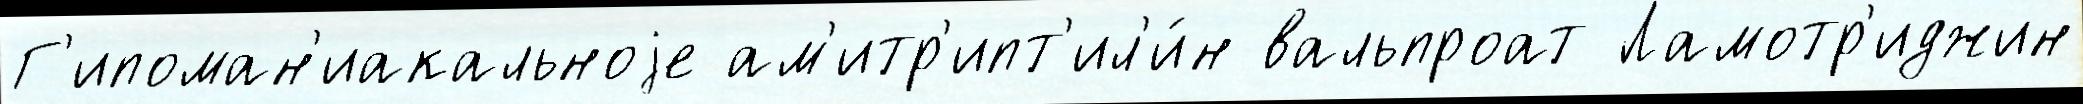
Г'ипоман'иакальноjе ам'итр'ипт'ил'и́н вальпроат Ламотр'иджин